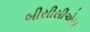
બીસીસીએસ